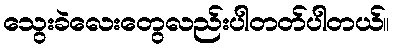
သွေးခဲလေးတွေလည်းပါတတ်ပါတယ်။